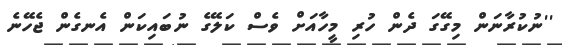
''ނުކުރާނަން މިގޭގަ ދެން ހުރި މީހާއަށް ވެސް ކަލޭގެ ނުބައިކަން އެނގެން ޖެހޭނެ